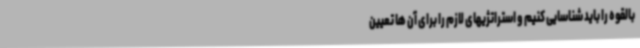
بالقوه را باید شناسایی کنیم و استراتژیهای لازم را برای آن ها تعیین